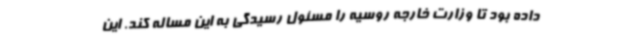
داده بود تا وزارت خارجه روسیه را مسئول رسیدگی به این مساله کند. این